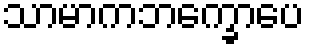
သာမာကဘက္ခောပေ